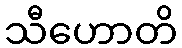
သီဟောတိ